Vaccination in Bombay 1913-1923 - 1913-1923
Year: 1913
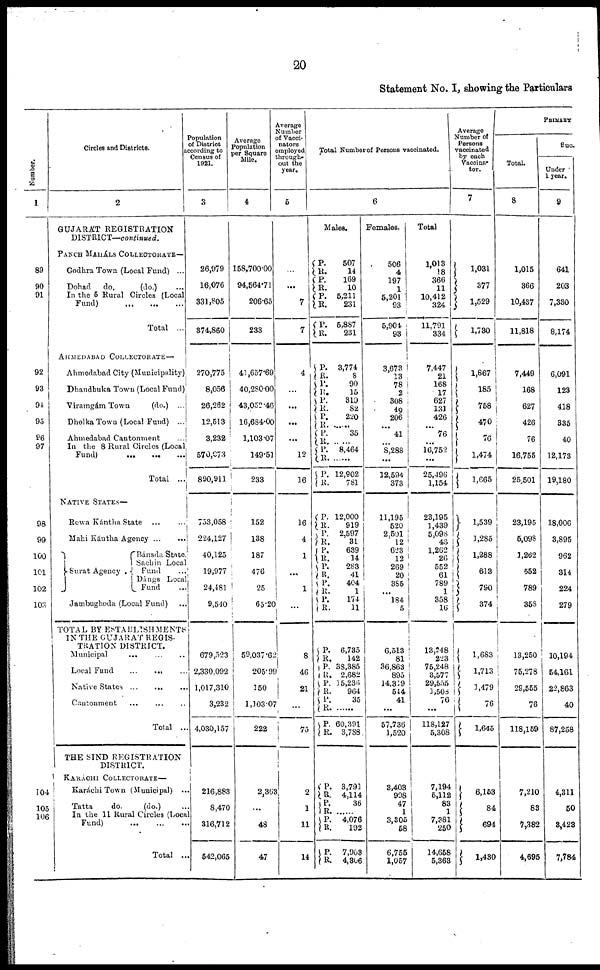
20
Statement No. I, showing the Particulars
Number.
1
89
90
91
92
93
91
95
96
97
98
99
100
101
102
103
104
105
106
Circles and Districts.
2
GUJARÁT REGISTRATION
DISTRICT—continued.
PANCH MAHÁLS COLLECTORATE—
Godhra Town (Local Fund) ...
Dohad
do.
(do.) ...
In the 6 Rural Circles (Local
Fund) ... ... ...
Total ...
AHMEDABAD COLLECTORATE—
Ahmedabad City (Municipality)
Dhandhuka Town (Local Fund).
Viramgám Town
(do.) ...
Dholka Town (Local Fund) ...
Ahmedabad Cantonment
...
In the 8 Rural Circles (Local
Fund)
...
...
...
Total
...
NATIVE STATES—
Rewa Kántha State
...
...
Main Kántha Agency
...
...
Surat Agency .
Bánsda State.
Sachin Local
Fund ...
Dángs Local
Fund ...
Jambughoda (Local Fund) ...
TOTAL BY ESTABLISHMENTS
IN THE GUJARAT REGIS-
TRATION DISTRICT.
Municipal
...
...
...
Local Fund
...
...
...
Native States
...
...
...
Cantonment
...
...
...
Total ...
THE SIND REGISTRATION
DISTRICT.
KARÁCHI COLLECTORATE—
Karáchi Town (Municipal) ...
Tatta
do.
(do.) ...
In the 11 Rural Circles (Local
Fund)
...
...
...
Total ...
Population
of District
according to
Census of
1921.
3
26,979
16,076
331,805
374,860
270,775
8,056
26,262
12,513
3,232
570,073
890,911
753,058
224,127
40,125
19,977
24,481
9,540
679,523
2,330,092
1,017,310
3,232
4,030,157
216,883
8,470
316,712
542,065
Average
Population
per Square
Mile.
4
158,700.00
94,564.71
206.65
233
41,657.69
40,280.00
43,052.46
16,684.00
1,103.07
149.51
233
152
138
187
476
25
65.20
59,037.62
205.99
150
1,103.07
222
2,363
...
48
47
Average
Number
of Vacci¬
nators
employed
through-
out the
year.
5
...
...
7
7
4
...
...
...
...
12
16
16
4
1
...
1
...
8
46
21
...
75
2
1
11
14
Total Number of Persons vaccinated.
6
Males.
P.
R.
P.
R.
P.
R.
P.
R.
507
14
169
10
5,211
231
5,887
231
P.
R.
P.
R.
P.
R.
P.
R.
P.
R.
P.
R.
P.
R.
3,774
8
90
15
319
82
220
......
35
......
8,464
12,902
781
P.
R. P.
R.
P.
R.
P.
R.
P.
R.
P.
R.
12,000
919
2,597
31
639
14
283
41
404
1
174
11
P.
R.
P.
R.
P.
R.
P.
R.
P.
R.
6,735
142
38,385
2,682
15,236
964
35
60,391
3,788
P.
R.
P.
R.
P.
R.
P.
R.
3,791
4,114
36
......
4,076
192
7,903
4,306
Females.
506
4
197
1
5,201
93
5,904
93
3,673
13
78
2
308
49
206
...
41
...
8,288
...
12,594
373
11,195
520
2,501
12
623
12
269
20
385
...
184
5
6,513
81
36,863
895
14,319
514
41
...
57,736
1,520
3,403
998
47
1
3,305
58
6,755
1,057
Total
1,013
18
366
11
10,412
324
11,791
334
7,447
21
168
17
627
131
426
...
76
...
16,752
...
25,496
1,154
23,195
1,439
5,098
43
1,262
26
552
61
789
1
358
16
13,248
223
75,248
3,577
29,555
1,508
76
...
118,127
5,308
7,194
5,112
83
1
7,381
250
14,658
5,363
Average
Number of
Persons
vaccinated
by each
Vaccina¬
tor.
7
1,031
377
1,529
1,730
1,867
185
758
470
76
1,474
1,665
1,539
1,285
1,288
613
790
374
1,683
1,713
1,479
76
1,645
6,153
84
694
1,430
PRIMARY
Total.
8
1,015
366
10,437
11,818
7,449
168
627
426
76
16,755
25,501
23,195
5,093
1,262
552
789
358
13,250
75,278
29,555
76
118,159
7,210
83
7,382
4,695
Suc¬
Under
1 year.
9
641
203
7,330
8,174
6,091
123
418
335
40
12,173
19,180
18,006
3,895
962
314
224
279
10,194
54,161
22,863
40
87,258
4,311
50
3,423
7,784